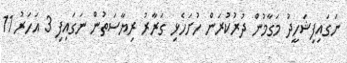
ނަގައިފިޝަހީދު މަގާމުން ދުރުކުރަން ހުށަހެޅި ގަރާރު ރިޔާސަތުން ނަގައިފި 3 އަހަރު 11